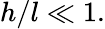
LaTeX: h/l\ll 1.